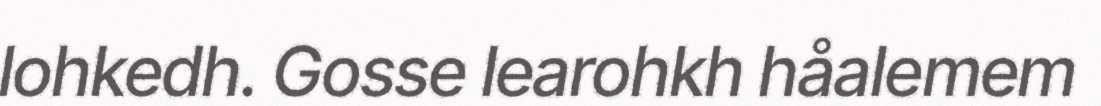
lohkedh. Gosse learohkh håalemem